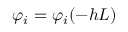
\varphi _ { i } = \varphi _ { i } ( - h L )